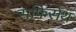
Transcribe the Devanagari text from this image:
सफिसेथ